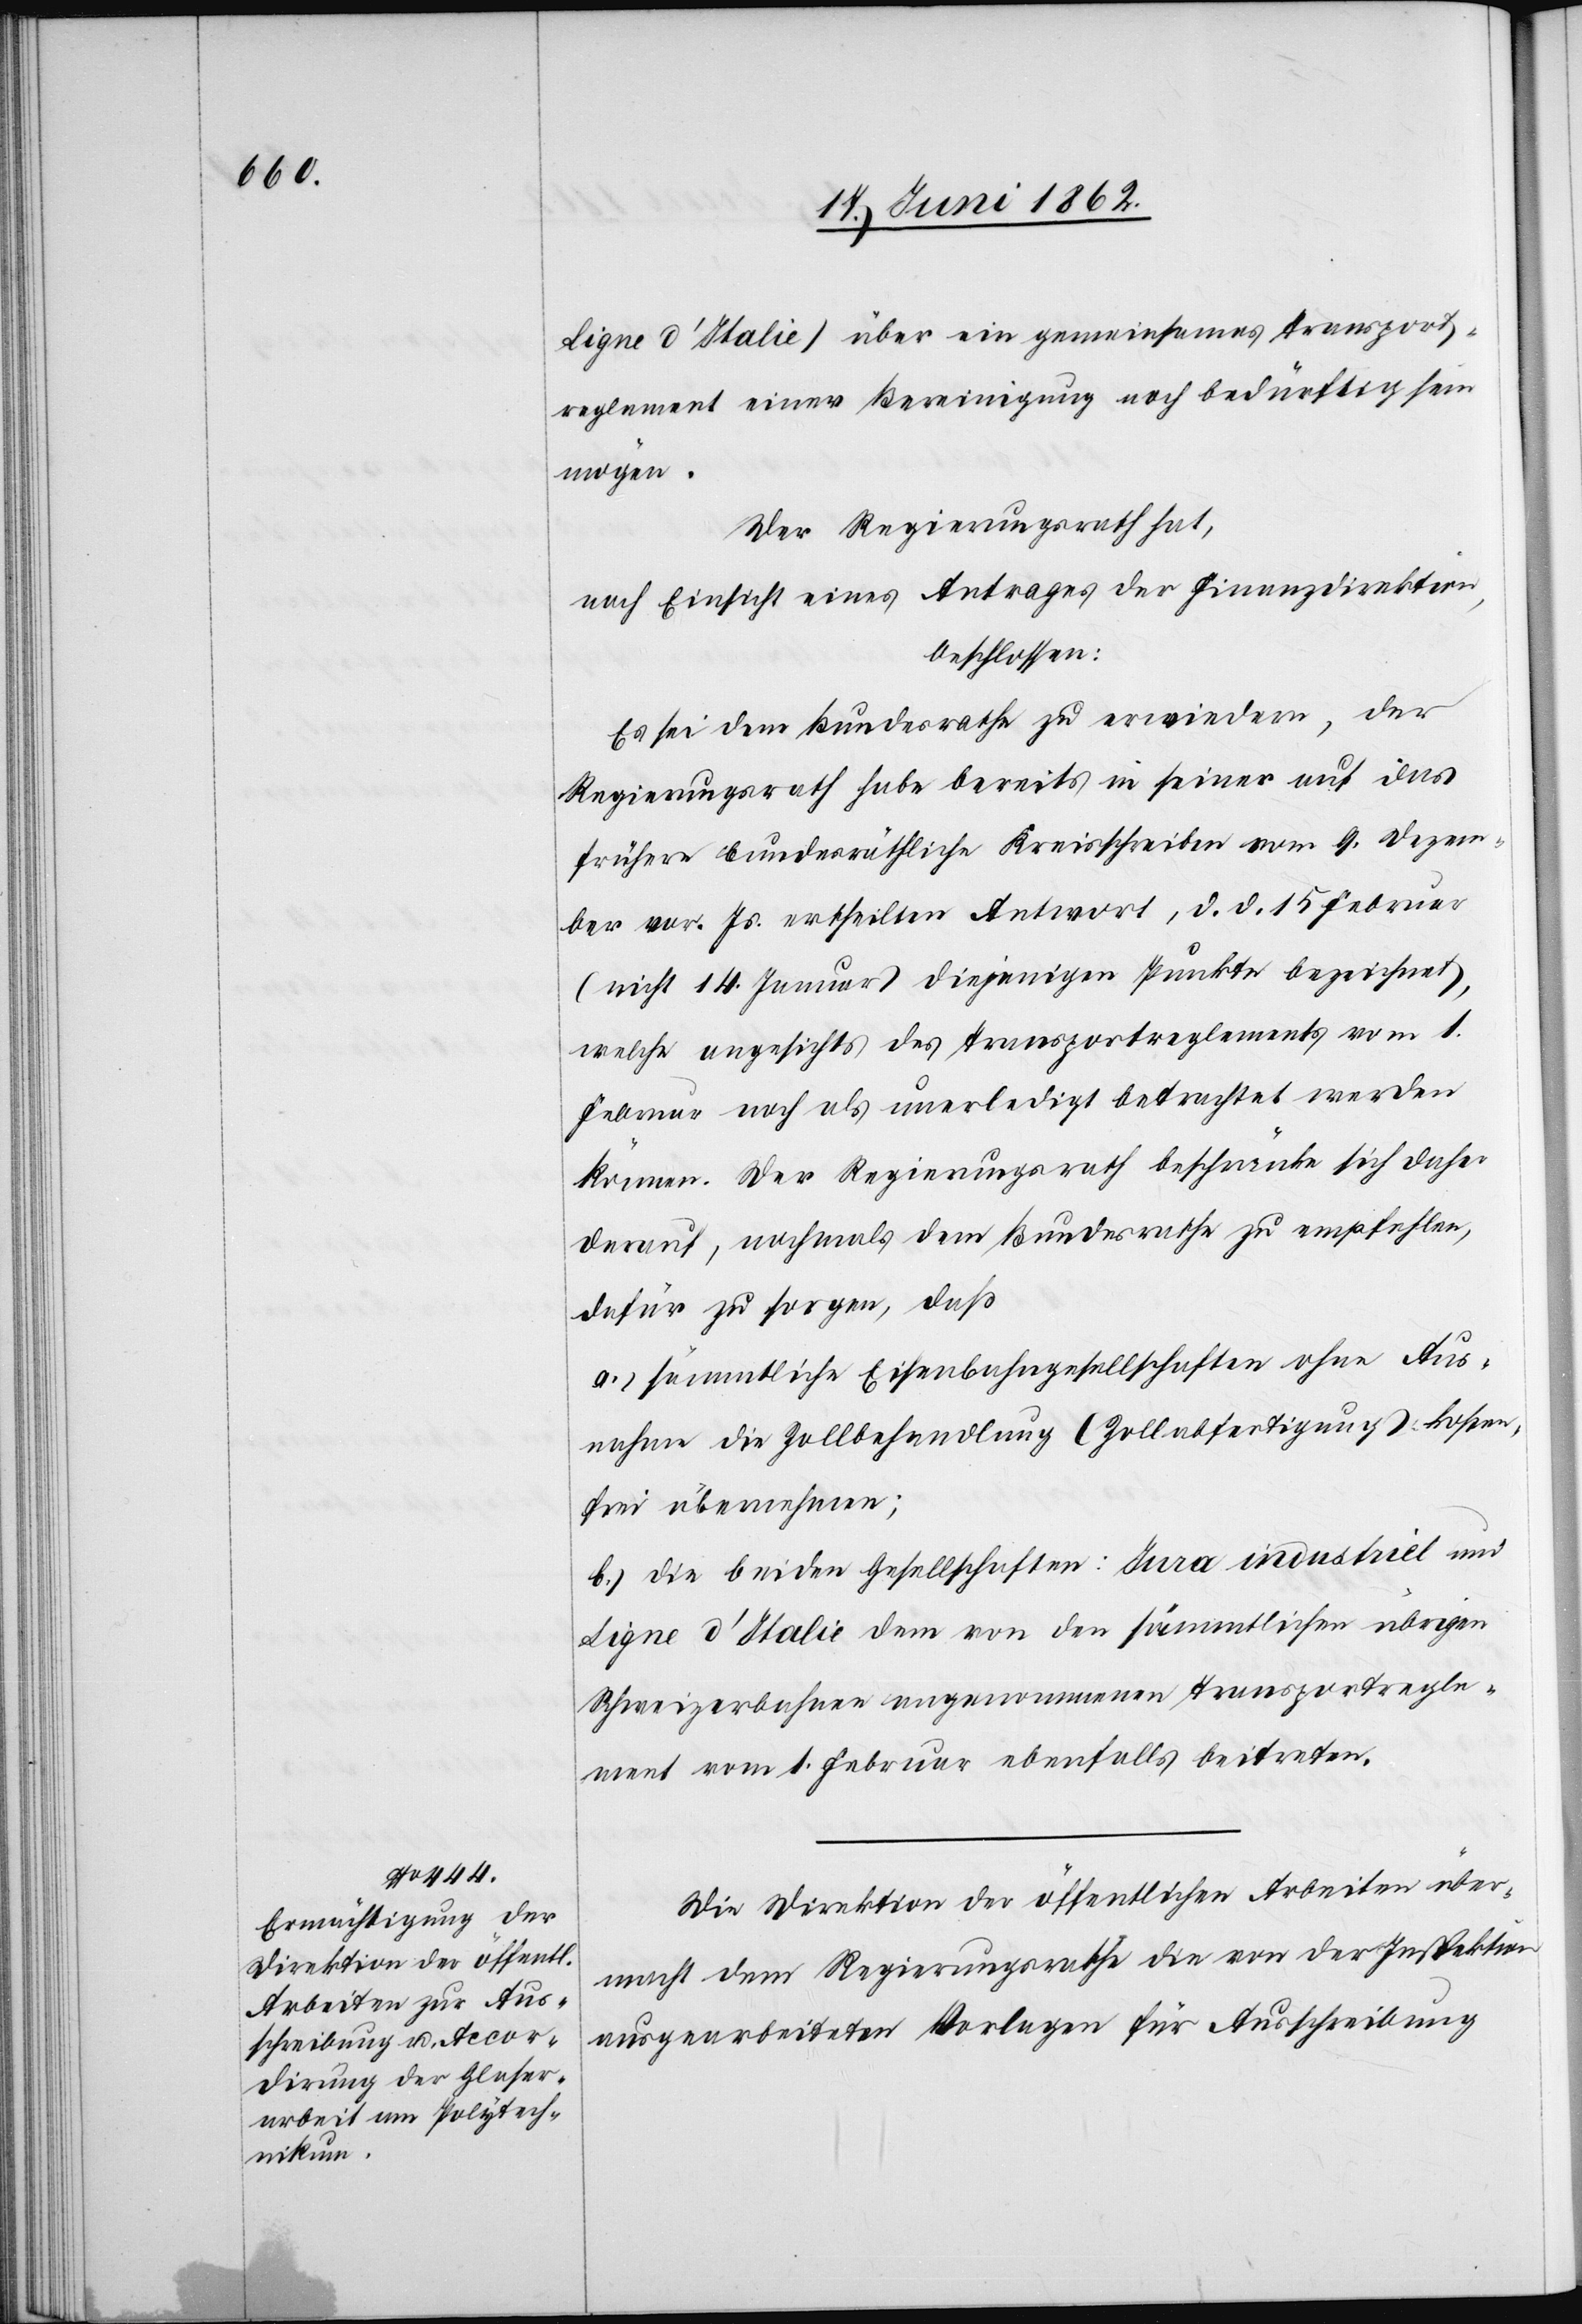
Ligne d’Italie) über ein gemeinsames Transport¬
reglement einer Bereinigung noch bedürftig sein
mögen.
Der Regierungsrath hat,
nach Einsicht eines Antrages der Finanzdirektion,
beschlossen:
Es sei dem Bundesrathe zu erwiedern, der
Regierungsrath habe bereits in seiner auf das
frühere bundesräthliche Kreisschreiben vom 9. Dezem¬
ber vor. Js. ertheilten Antwort, d. d. 15. Februar
(nicht 14. Januar) diejenigen Punkte bezeichnet,
welche angesichts des Transportreglements vom 1.
Februar noch als unerledigt betrachtet werden
können. Der Regierungsrath beschränke sich daher
darauf, nochmals dem Bundesrathe zu empfehlen,
dafür zu sorgen, daß
a) sämmtliche Eisenbahngesellschaften ohne Aus¬
nahme die Zollbehandlung (Zollabfertigung) kosten¬
frei übernehmen;
b) die beiden Gesellschaften: Jura industriel und
Ligne d’Italie dem von den sämmtlichen übrigen
Schweizerbahnen angenommenen Transportregle¬
ment vom 1. Februar ebenfalls beitreten.
Die Direktion der öffentlichen Arbeiten über¬
macht dem Regierungsrathe die von der Inspektion
ausgearbeiteten Vorlagen für Ausschreibung